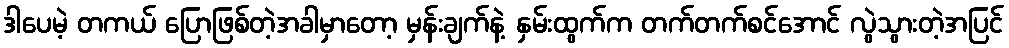
ဒါပေမဲ့ တကယ် ပြောဖြစ်တဲ့အခါမှာတော့ မှန်းချက်နဲ့ နှမ်းထွက်က တက်တက်စင်အောင် လွဲသွားတဲ့အပြင်